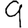
Digit: 9